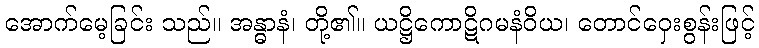
အောက်မေ့ခြင်း သည်။ အန္ဓာနံ၊ တို့၏။ ယဋ္ဌိကောဋိဂမနံဝိယ၊ တောင်ဝှေးစွန်းဖြင့်